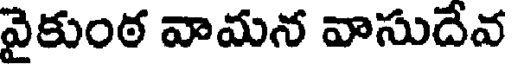
వైకుంఠ వామన వాసుదేవ